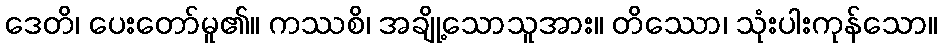
ဒေတိ၊ ပေးတော်မူ၏။ ကဿစိ၊ အချို့သောသူအား။ တိဿော၊ သုံးပါးကုန်သော။